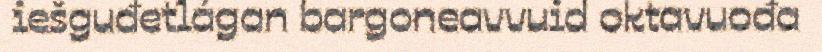
iešguđetlágan bargoneavvuid oktavuođa